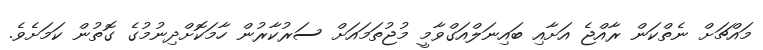
މައްޗަށް ނެތްކަން ރާއްޖެ އަށާއި ބައިނަލްއަގްވާމީ މުޖުތަމައަށް ސަރުކާރުން ހާމަކޮށްދިނުމުގެ ގޮތުން ކަމަށެވެ.